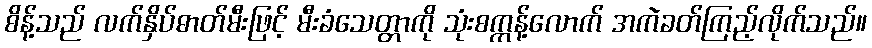
စိန့်သည် လက်နှိပ်ဓာတ်မီးဖြင့် မီးခံသေတ္တာကို သုံးစက္ကန့်လောက် အကဲခတ်ကြည့်လိုက်သည်။